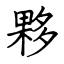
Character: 夥